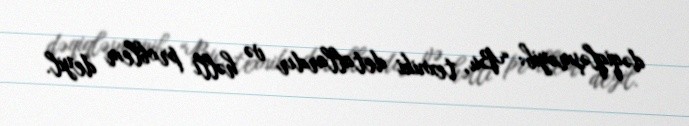
dəqiqləşməyib: “Bu, texniki detallardır və həlli problem deyil.